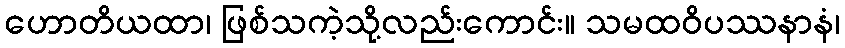
ဟောတိယထာ၊ ဖြစ်သကဲ့သို့လည်းကောင်း။ သမထဝိပဿနာနံ၊